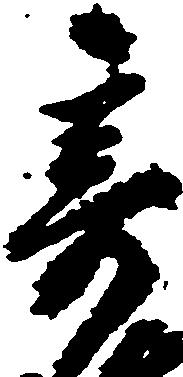
寄